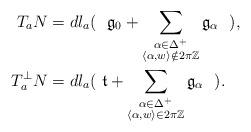
LaTeX: \begin{align*}T_{a}N& =dl_{a}( \ \ \mathfrak{g}_0 +\sum_{\substack{\alpha \in \Delta^+ \\ \langle \alpha, w \rangle \notin 2 \pi \mathbb{Z}}}\mathfrak{g}_{\alpha}\ \ ),\\T^\perp_{a}N&=dl_{a}(\ \mathfrak{t} + \sum_{\substack{\alpha \in \Delta^+ \\ \langle \alpha, w \rangle \in 2 \pi \mathbb{Z}}}\mathfrak{g}_{\alpha}\ \ ).\end{align*}